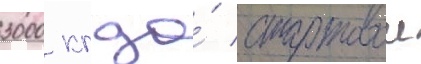
3000 кг до́ стартовои